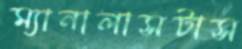
ম্যানালাসটাস